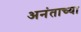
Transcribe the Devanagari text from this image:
अनंताच्या